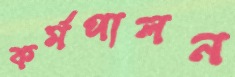
কর্মপালন